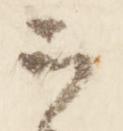
云